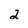
Character: 2